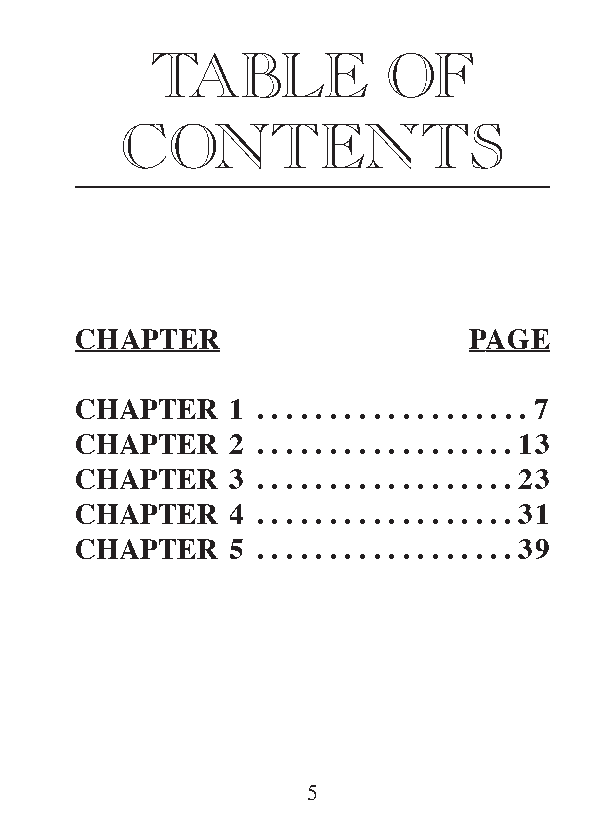
TABLE           OF
 CONTENTS
 CHAPTER                   PAGE
 CHAPTER   1 . . . . . . . . . . . . . . . . . . . 7
 CHAPTER   2 . . . . . . . . . . . . . . . . . . 13
 CHAPTER   3 . . . . . . . . . . . . . . . . . . 23
 CHAPTER   4 . . . . . . . . . . . . . . . . . . 31
 CHAPTER   5 . . . . . . . . . . . . . . . . . . 39
 5